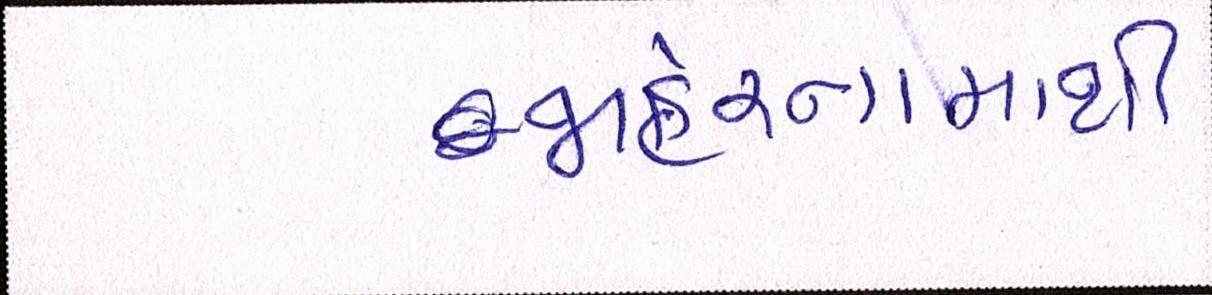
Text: જાહેરનામાથી